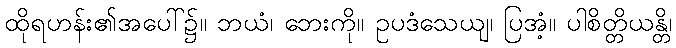
ထိုရဟန်း၏အပေါ်၌။ ဘယံ၊ ဘေးကို။ ဥပဒံသေယျ၊ ပြအံ့။ ပါစိတ္တိယန္တိ၊